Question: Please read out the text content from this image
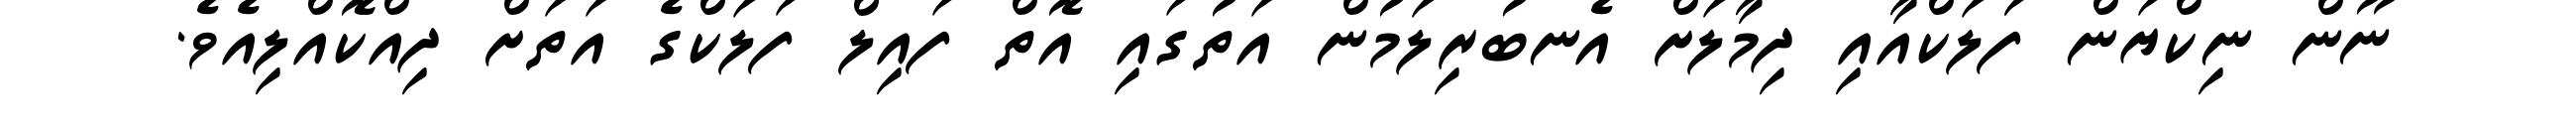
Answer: ނޫން ނިކްޔަން ފަަލަކްއާއި ދިމާލަށް އެނބުރިލަމުން އަތުގައި އޮތް ފައިލް ފަލަކްގެ އަތަށް ދިއްކޮއްލިއެވެ.